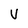
Character: V